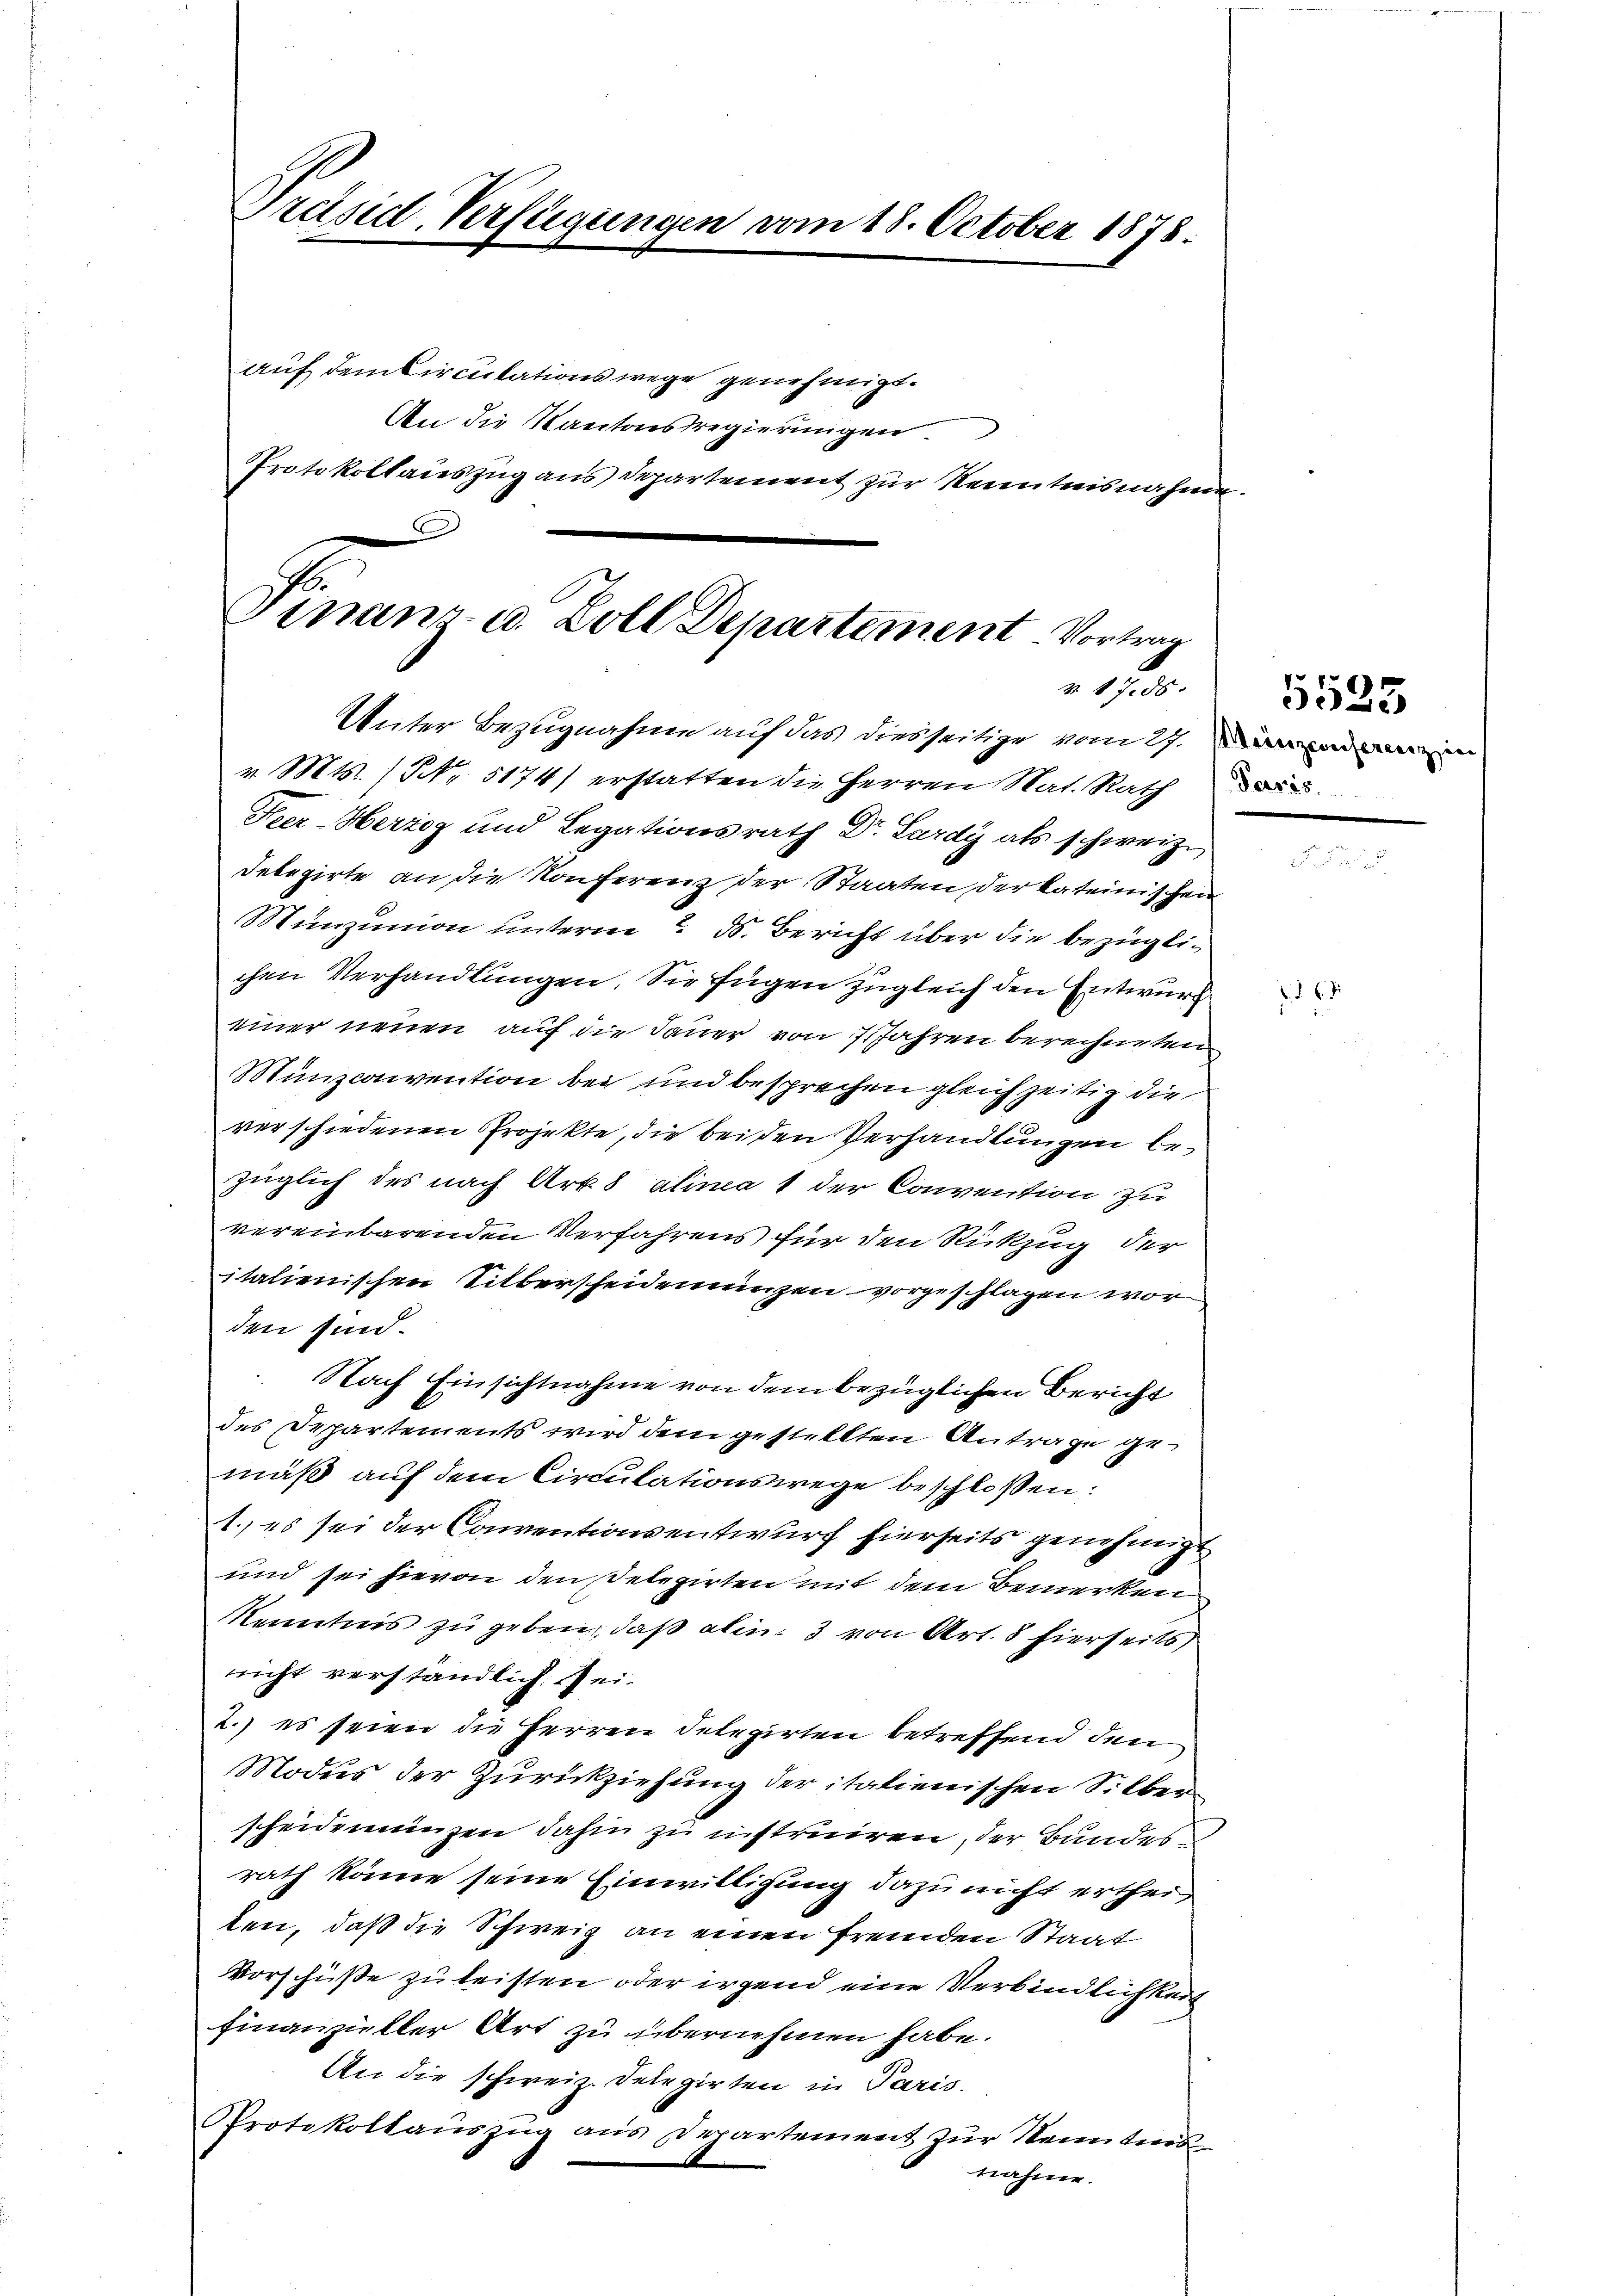
Präsidt, Verfügungen vom 18. October 1878.
auf dem Circulations wege genehmigt.
An die Kantonsregierungen
Protokollauszug aus Departement zur Kenntnisnahme.

Finanz- u. Zoll Departement Vortrag
 1935.
Unter Bezugnahme auf das diesseitige vom 27.

v. Mts. (NNo. 5174) erstatten die Herren Nat. Rath
Krer-Herzog und Legationsrath Dr. Lardy als schweiz.
Debegirte an die Konferenz der Staaten der kateinischen
Münzunion unterm 7. ds. Bericht über die bezüglichen Verhandlungen. Sie fügen zugleich den Entwurf
einer neuen auf die Dauer von 7 Jahren berechneten
Münzconvention bei und besprechen gleichzeitig die
verschiedenen Projekte, die beiden Verhandlungen bezüglich des nach Art. 8 alinea 1 der Convention zu
vereinbarenden Verfahrens für den Rückzug der
italienischen Silberscheidenungen vorgeschlagen worden sind.
Nach Einsichtnahme von dem bezüglichen Bericht
des Departements wird dem gestellten Antrage gemäß auf dem Circulationswege beschlossen:
1.) es sei der Conventionsentwurf hierseits genehmigt
und sei hievon den Delegirten mit dem Bemerken
Kenntnis zu geben, daß alin 3 von Art. 8 hierseits
nicht verständlich sei.
2.) es seien die Herren Delegirten betreffend den
Modus der Zurückziehung der italienischen Silber
scheideneingen dahin zu instruiren, der Bundesrath könne seine Einwilligung dazu nicht ertheiten, daß die Schweiz an einen fremden Staat
Vorschüße zu leisten oder irgend eine Verbindlichkeit
finanzieller Art zu übernehmen habe.
An die schweiz. Delegirten in Paris.
Protokollauszug aus Departement zur Kennters
nahme.

.

5525